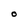
Character: O